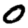
Digit: 0